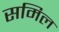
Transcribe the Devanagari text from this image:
समिल